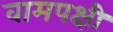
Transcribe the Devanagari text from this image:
वामपक्षी